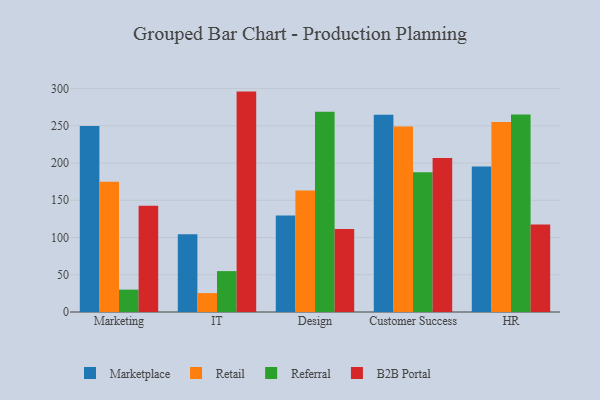
{"axis": {"x": "Department", "y": "Customer Acquisition Cost (USD)"}, "legend": ["B2B Portal", "Marketplace", "Referral", "Retail"], "data": [{"x": "Marketing", "y": 249.7, "type": "Marketplace"}, {"x": "Marketing", "y": 174.8, "type": "Retail"}, {"x": "Marketing", "y": 30.0, "type": "Referral"}, {"x": "Marketing", "y": 142.8, "type": "B2B Portal"}, {"x": "IT", "y": 104.5, "type": "Marketplace"}, {"x": "IT", "y": 25.4, "type": "Retail"}, {"x": "IT", "y": 54.9, "type": "Referral"}, {"x": "IT", "y": 295.9, "type": "B2B Portal"}, {"x": "Design", "y": 129.6, "type": "Marketplace"}, {"x": "Design", "y": 163.2, "type": "Retail"}, {"x": "Design", "y": 268.8, "type": "Referral"}, {"x": "Design", "y": 111.6, "type": "B2B Portal"}, {"x": "Customer Success", "y": 264.9, "type": "Marketplace"}, {"x": "Customer Success", "y": 249.2, "type": "Retail"}, {"x": "Customer Success", "y": 187.5, "type": "Referral"}, {"x": "Customer Success", "y": 206.9, "type": "B2B Portal"}, {"x": "HR", "y": 195.4, "type": "Marketplace"}, {"x": "HR", "y": 255.1, "type": "Retail"}, {"x": "HR", "y": 265.1, "type": "Referral"}, {"x": "HR", "y": 117.6, "type": "B2B Portal"}]}